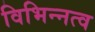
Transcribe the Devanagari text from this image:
विभिन्नत्व